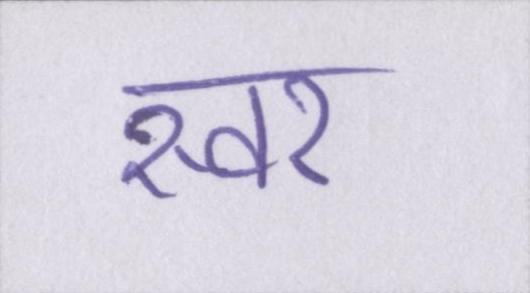
स्वर